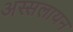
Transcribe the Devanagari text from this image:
अस्सलायन